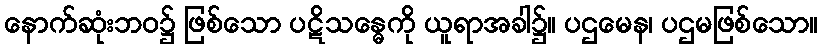
နောက်ဆုံးဘဝ၌ ဖြစ်သော ပဋိသန္ဓေကို ယူရာအခါ၌။ ပဌမေန၊ ပဌမဖြစ်သော။